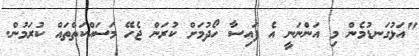
"އަޅުގަނޑުމެން މި އަންނަނީ އެ ފައިސާ ހޯދުމަށް ކުރަން ޖެހޭ މަސައްކަތްތައް ކުރަމުން.